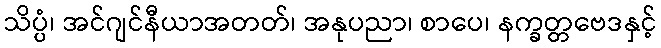
သိပ္ပံ၊ အင်ဂျင်နီယာအတတ်၊ အနုပညာ၊ စာပေ၊ နက္ခတ္တဗေဒနှင့်